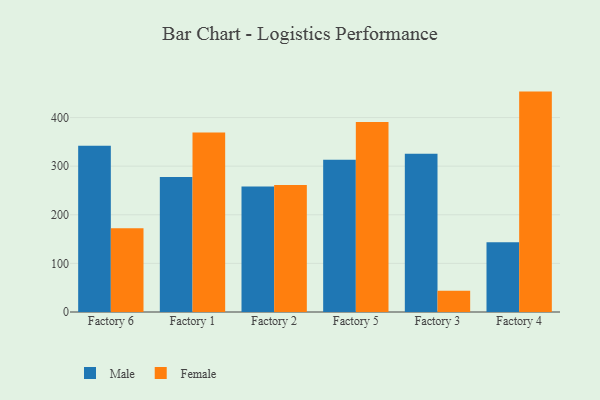
{"axis": {"x": "Factory", "y": "Customer Acquisition Cost (USD)"}, "legend": ["Female", "Male"], "data": [{"x": "Factory 6", "y": 342.2, "type": "Male"}, {"x": "Factory 6", "y": 172.4, "type": "Female"}, {"x": "Factory 1", "y": 277.9, "type": "Male"}, {"x": "Factory 1", "y": 369.4, "type": "Female"}, {"x": "Factory 2", "y": 258.2, "type": "Male"}, {"x": "Factory 2", "y": 261.3, "type": "Female"}, {"x": "Factory 5", "y": 313.1, "type": "Male"}, {"x": "Factory 5", "y": 391.1, "type": "Female"}, {"x": "Factory 3", "y": 325.5, "type": "Male"}, {"x": "Factory 3", "y": 43.6, "type": "Female"}, {"x": "Factory 4", "y": 143.5, "type": "Male"}, {"x": "Factory 4", "y": 453.4, "type": "Female"}]}